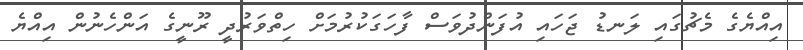
އިއްޔެގެ މެޗުގައި ލަނޑު ޖަހައި އުފަންދުވަސް ފާހަގަކުރުމަށް ހިތްވަރުދީ ރޫނީގެ އަންހެނުން އިއްޔެ